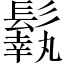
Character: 𩮿